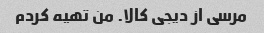
مرسی از دیجی کالا. من تهیه کردم